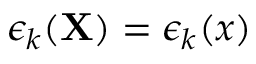
\epsilon _ { k } ( { \mathbf { X } } ) = \epsilon _ { k } ( x )